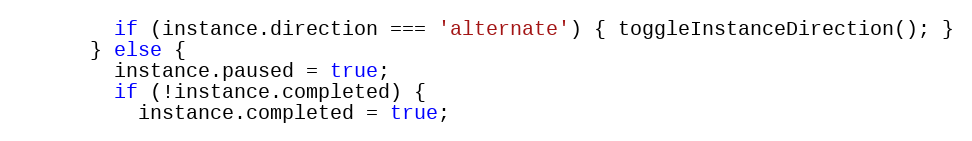
Language: JavaScript
        if (instance.direction === 'alternate') { toggleInstanceDirection(); }
      } else {
        instance.paused = true;
        if (!instance.completed) {
          instance.completed = true;